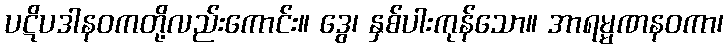
ပဋိပဒါနဝကတို့လည်းကောင်း။ ဒွေ၊ နှစ်ပါးကုန်သော။ အာရမ္မဏနဝကာ၊